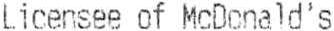
LICENSEE OF MCDONALD'S